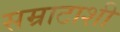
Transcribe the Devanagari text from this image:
सम्राटाशी